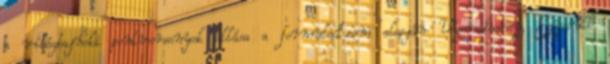
a világbajnoki pontversenyek állása a formula1.com alapján Végeredmény, Egyesült